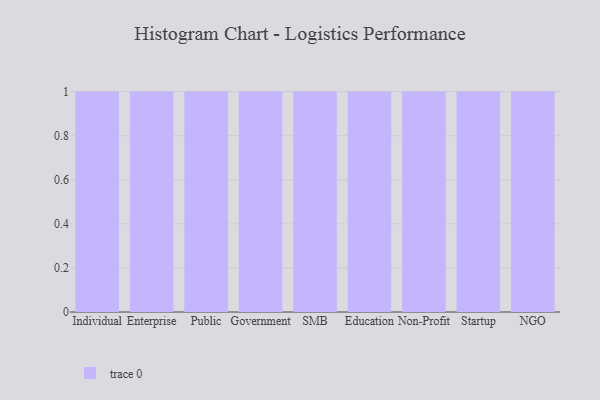
{"axis": {"x": "Segment", "y": "Website Visitors"}, "legend": [""], "data": [{"x": "Individual", "y": 76, "type": ""}, {"x": "Enterprise", "y": 12, "type": ""}, {"x": "Public", "y": 18, "type": ""}, {"x": "Government", "y": 1, "type": ""}, {"x": "SMB", "y": 77, "type": ""}, {"x": "Education", "y": 57, "type": ""}, {"x": "Non-Profit", "y": 65, "type": ""}, {"x": "Startup", "y": 93, "type": ""}, {"x": "NGO", "y": 51, "type": ""}]}